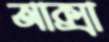
আক্সা